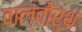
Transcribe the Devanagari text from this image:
वाल्वोर्थ